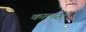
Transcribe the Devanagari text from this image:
कालसे